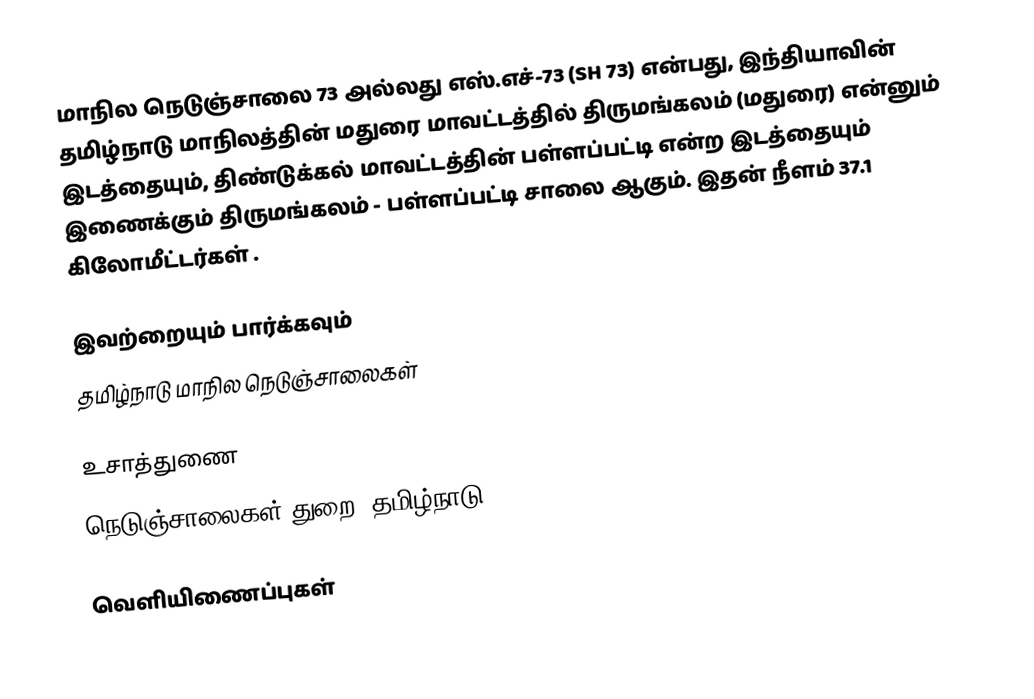
மாநில நெடுஞ்சாலை 73 அல்லது எஸ்.எச்-73 (SH 73) என்பது, இந்தியாவின் தமிழ்நாடு மாநிலத்தின் மதுரை மாவட்டத்தில் திருமங்கலம் (மதுரை) என்னும் இடத்தையும், திண்டுக்கல் மாவட்டத்தின் பள்ளப்பட்டி என்ற இடத்தையும் இணைக்கும் திருமங்கலம் - பள்ளப்பட்டி சாலை ஆகும். இதன் நீளம் 37.1  கிலோமீட்டர்கள் .

இவற்றையும் பார்க்கவும்
 தமிழ்நாடு மாநில நெடுஞ்சாலைகள்

உசாத்துணை
 நெடுஞ்சாலைகள் துறை, தமிழ்நாடு

வெளியிணைப்புகள்